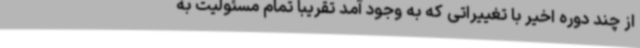
از چند دوره اخیر با تغییراتی که به وجود آمد تقریبا تمام مسئولیت به